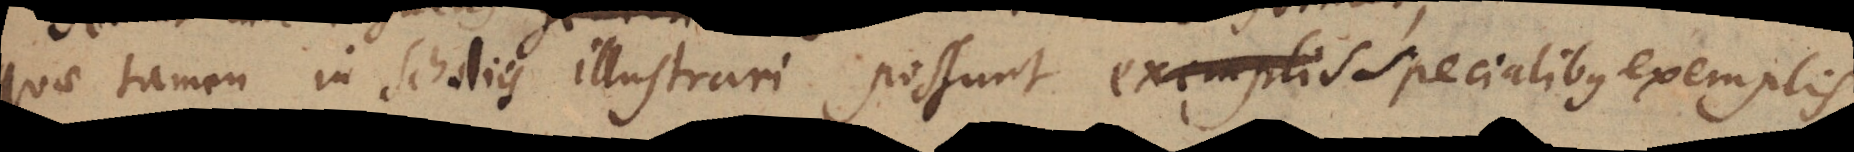
quae tamen in scholiis illustrari possunt exemplis specialibus exemplis